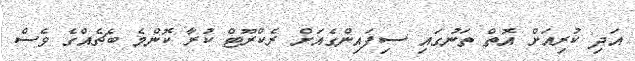
އަދި ކުރިއަށް އޮތް ތަނުގައި ސިފައިންގެއަށް ރެކްރޫޓް ކުރާ ކޮންމެ ބެޗެއްގެ ވެސް